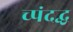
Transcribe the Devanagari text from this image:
च्पंदद्ध